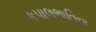
કપાલભાતિના